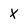
Character: X